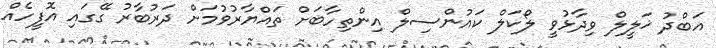
އަބްދު ޚަލީލް ވިދާޅުވީ ލޯކަލް ކައުންސިލް އިންތިހާބަށް ތައްޔާރުވުމަށް ދަރުބާރު ގޭގައި އޮފީހެއް